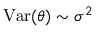
\mathrm { V a r } ( \theta ) \sim \sigma ^ { 2 }